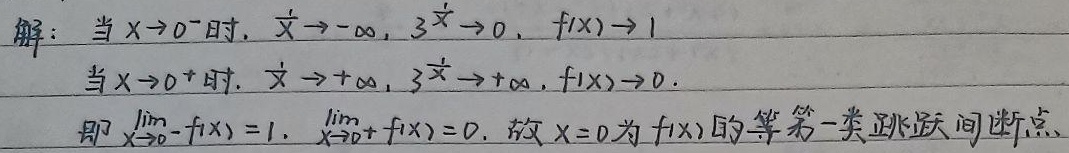
解：当$x \to 0^{-}$时，$\frac{1}{x} \to -\infty$，$3^{\frac{1}{x}} \to 0$，$f(x) \to 1$。
当$x \to 0^{+}$时，$\frac{1}{x} \to +\infty$，$3^{\frac{1}{x}} \to +\infty$，$f(x) \to 0$。
即$\lim\limits_{x \to 0^{-}} f(x)=1$，$\lim\limits_{x \to 0^{+}} f(x)=0$，故$x = 0$为$f(x)$的第一类跳跃间断点。